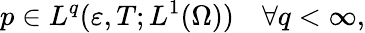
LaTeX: p\in L^{q}(\varepsilon,T;L^{1}(\Omega))\quad\forall q<\infty,